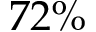
7 2 \%